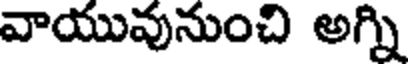
వాయువునుంచి అగ్ని